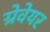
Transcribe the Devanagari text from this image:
ग्रेवेयर